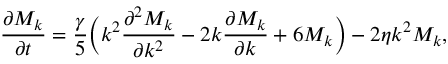
\frac { \partial M _ { k } } { \partial t } = \frac { \gamma } { 5 } \bigg ( k ^ { 2 } \frac { \partial ^ { 2 } M _ { k } } { \partial k ^ { 2 } } - 2 k \frac { \partial M _ { k } } { \partial k } + 6 M _ { k } \bigg ) - 2 \eta k ^ { 2 } M _ { k } ,